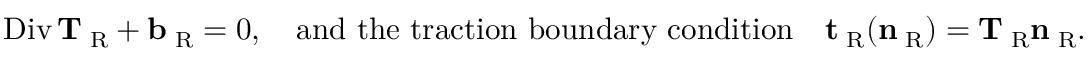
\mathrm { D i v } \, { \bf T } _ { \mathrm { \tiny ~ R } } + { \bf b } _ { \mathrm { \tiny ~ R } } = 0 , \quad \mathrm { a n d ~ t h e ~ t r a c t i o n ~ b o u n d a r y ~ c o n d i t i o n } \quad { \bf t } _ { \mathrm { \tiny ~ R } } ( { \bf n } _ { \mathrm { \tiny ~ R } } ) = { \bf T } _ { \mathrm { \tiny ~ R } } { \bf n } _ { \mathrm { \tiny ~ R } } .